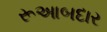
રૂઆબદાર